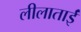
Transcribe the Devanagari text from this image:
लीलाताईं